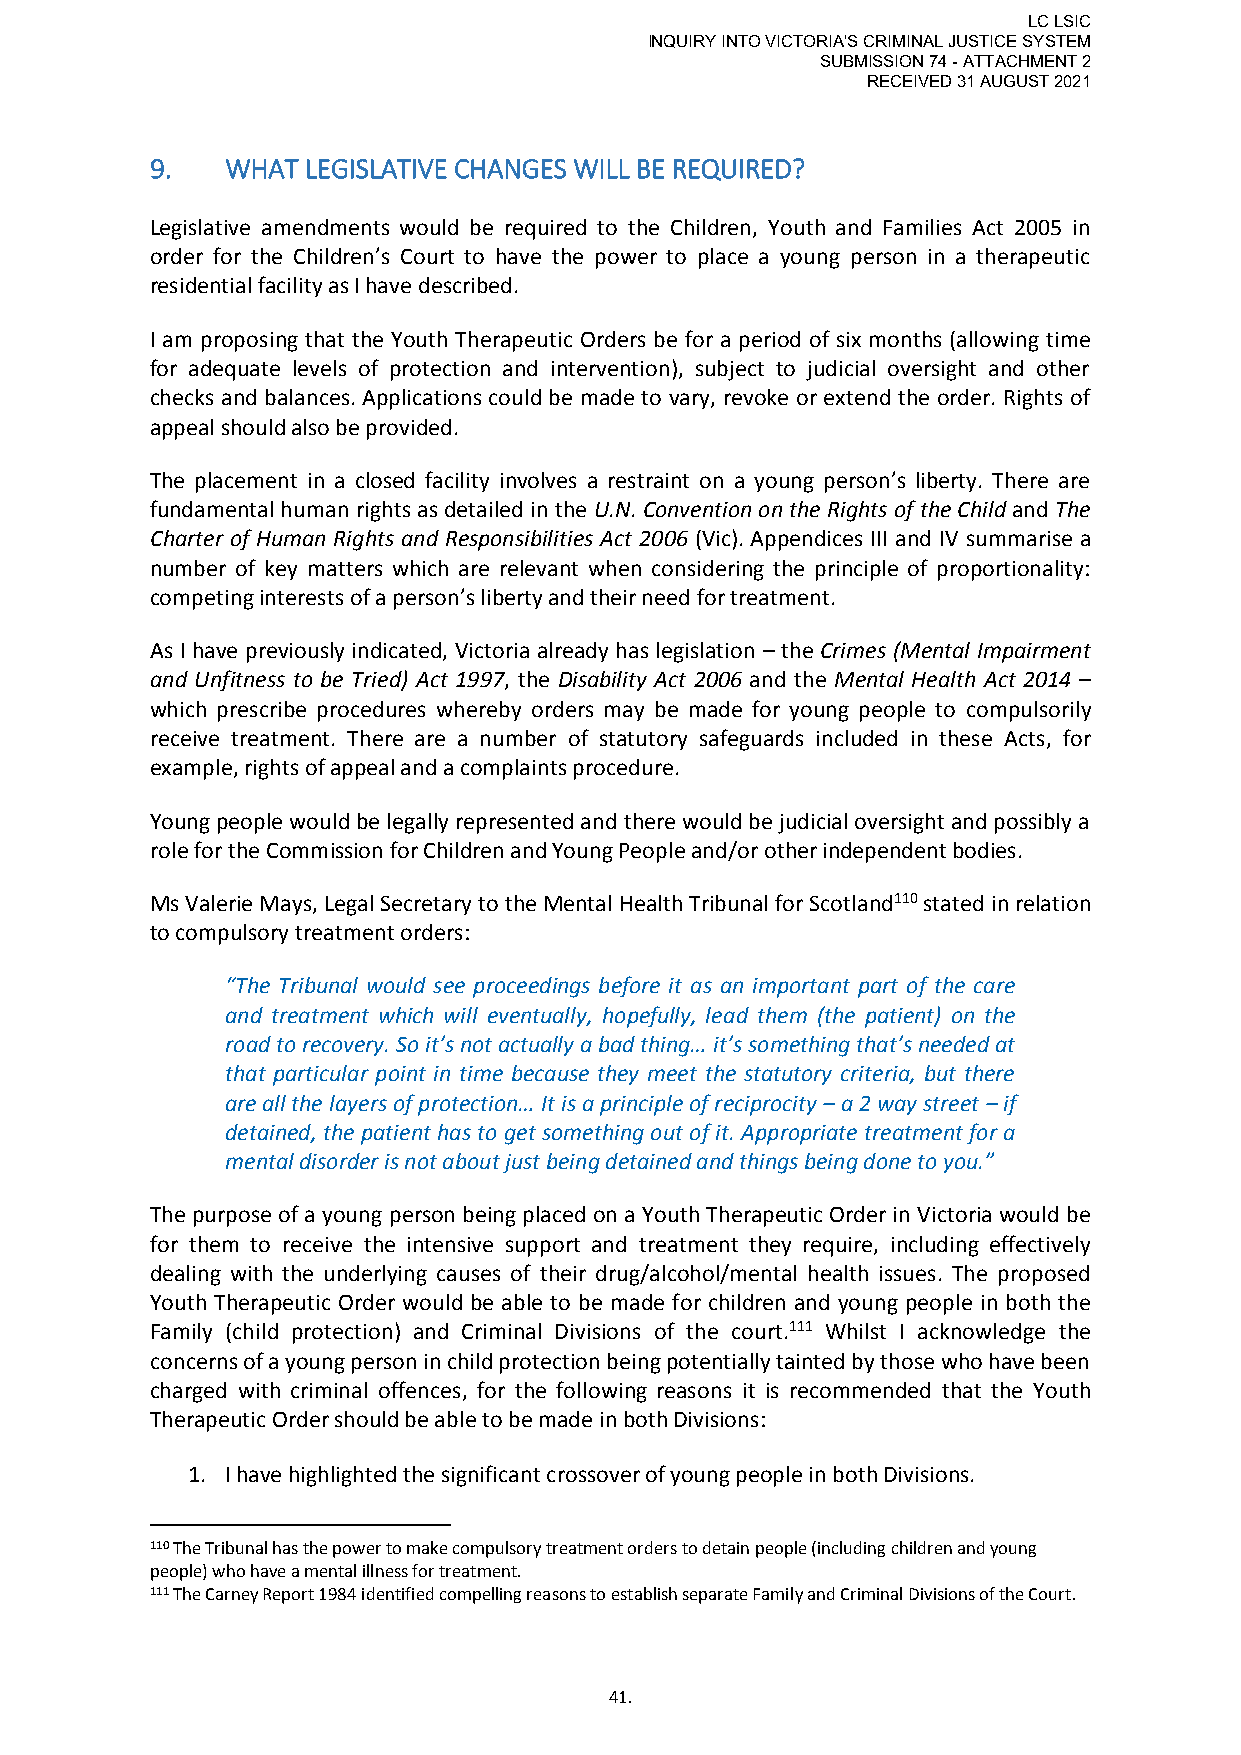
LC LSIC
 INQUIRY INTO VICTORIA'S CRIMINAL JUSTICE SYSTEM
 SUBMISSION 74 - ATTACHMENT 2
 RECEIVED 31 AUGUST 2021
 9.   WHAT LEGISLATIVE CHANGES WILL BE REQUIRED?
 Legislative amendments would be required to the Children, Youth and Families Act 2005 in
 order for the Children’s Court to have the power to place a young person in a therapeutic
 residential facility as I have described.
 I am proposing that the Youth Therapeutic Orders be for a period of six months (allowing time
 for adequate levels of protection and intervention), subject to judicial oversight and other
 checks and balances. Applications could be made to vary, revoke or extend the order. Rights of
 appeal should also be provided.
 The placement in a closed facility involves a restraint on a young person’s liberty. There are
 fundamental human rights as detailed in the U.N. Convention on the Rights of the Child and The
 Charter of Human Rights and Responsibilities Act 2006 (Vic). Appendices III and IV summarise a
 number of key matters which are relevant when considering the principle of proportionality:
 competing interests of a person’s liberty and their need for treatment.
 As I have previously indicated, Victoria already has legislation – the Crimes (Mental Impairment
 and Unfitness to be Tried) Act 1997, the Disability Act 2006 and the Mental Health Act 2014 –
 which prescribe procedures whereby orders may be made for young people to compulsorily
 receive treatment. There are a number of statutory safeguards included in these Acts, for
 example, rights of appeal and a complaints procedure.
 Young people would be legally represented and there would be judicial oversight and possibly a
 role for the Commission for Children and Young People and/or other independent bodies.
 Ms Valerie Mays, Legal Secretary to the Mental Health Tribunal for Scotland110 stated in relation
 to compulsory treatment orders:
 “The Tribunal would see proceedings before it as an important part of the care
 and treatment which will eventually, hopefully, lead them (the patient) on the
 road to recovery. So it’s not actually a bad thing… it’s something that’s needed at
 that particular point in time because they meet the statutory criteria, but there
 are all the layers of protection… It is a principle of reciprocity – a 2 way street – if
 detained, the patient has to get something out of it. Appropriate treatment for a
 mental disorder is not about just being detained and things being done to you.”
 The purpose of a young person being placed on a Youth Therapeutic Order in Victoria would be
 for them to receive the intensive support and treatment they require, including effectively
 dealing with the underlying causes of their drug/alcohol/mental health issues. The proposed
 Youth Therapeutic Order would be able to be made for children and young people in both the
 Family (child protection) and Criminal Divisions of the court.111 Whilst I acknowledge the
 concerns of a young person in child protection being potentially tainted by those who have been
 charged with criminal offences, for the following reasons it is recommended that the Youth
 Therapeutic Order should be able to be made in both Divisions:
 1. I have highlighted the significant crossover of young people in both Divisions.
 110 The Tribunal has the power to make compulsory treatment orders to detain people (including children and young
 people) who have a mental illness for treatment.
 111 The Carney Report 1984 identified compelling reasons to establish separate Family and Criminal Divisions of the Court.
 41.